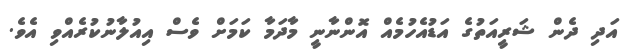
އަދި ދެން ޝަރީއަތުގެ އަޑުއެހުމެއް އޮންނާނީ މާދަމާ ކަމަށް ވެސް އިއުލާނުކުރެއްވި އެވެ.